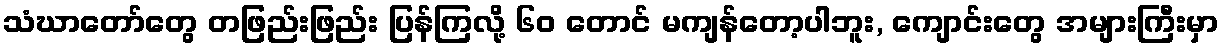
သံဃာတော်တွေ တဖြည်းဖြည်း ပြန်ကြလို့ ၆၀ တောင် မကျန်တော့ပါဘူး, ကျောင်းတွေ အများကြီးမှာ